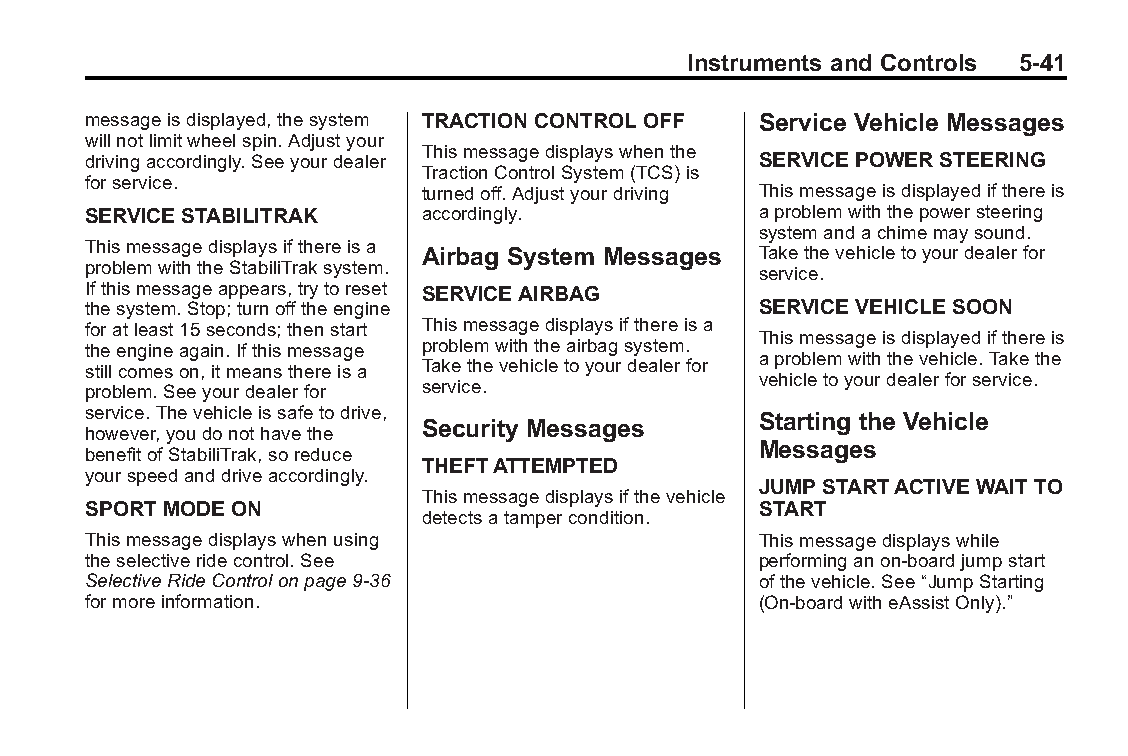
Buick LaCrosse Owner Manual (GMNA-Localizing-U.S./Canada/Mexico- Blackplate(41,1)
 6043609)-2014-2ndEdition-10/17/13
 Instruments and Controls 5-41
 messageisdisplayed,thesystem TRACTION CONTROL OFF Service Vehicle Messages
 willnotlimitwheelspin.Adjustyour
 Thismessagedisplayswhenthe
 drivingaccordingly.Seeyourdealer             SERVICEPOWER STEERING
 TractionControlSystem(TCS)is
 forservice.
 turnedoff.Adjustyourdriving Thismessageisdisplayedifthereis
 SERVICESTABILITRAK     accordingly.          aproblemwiththepowersteering
 systemandachimemaysound.
 Thismessagedisplaysifthereisa
 Airbag System Messages Takethevehicletoyourdealerfor
 problemwiththeStabiliTraksystem.
 service.
 Ifthismessageappears,trytoreset SERVICEAIRBAG
 thesystem.Stop;turnofftheengine              SERVICEVEHICLE SOON
 foratleast15seconds;thenstart Thismessagedisplaysifthereisa
 Thismessageisdisplayedifthereis
 theengineagain.Ifthismessage problemwiththeairbagsystem.
 aproblemwiththevehicle.Takethe
 stillcomeson,itmeansthereisa Takethevehicletoyourdealerfor
 vehicletoyourdealerforservice.
 problem.Seeyourdealerfor service.
 service.Thevehicleissafetodrive,
 Starting the Vehicle
 Security Messages
 however,youdonothavethe
 Messages
 benefitofStabiliTrak,soreduce
 THEFTATTEMPTED
 yourspeedanddriveaccordingly.
 JUMP STARTACTIVE WAITTO
 Thismessagedisplaysifthevehicle
 SPORT MODE ON                                START
 detectsatampercondition.
 Thismessagedisplayswhenusing                 Thismessagedisplayswhile
 theselectiveridecontrol.See                  performinganon-boardjumpstart
 SelectiveRideControlonpage9-36               ofthevehicle.See“JumpStarting
 formoreinformation.                          (On-boardwitheAssistOnly).”